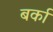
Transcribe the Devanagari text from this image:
बर्का